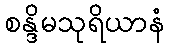
စန္ဒိမသုရိယာနံ